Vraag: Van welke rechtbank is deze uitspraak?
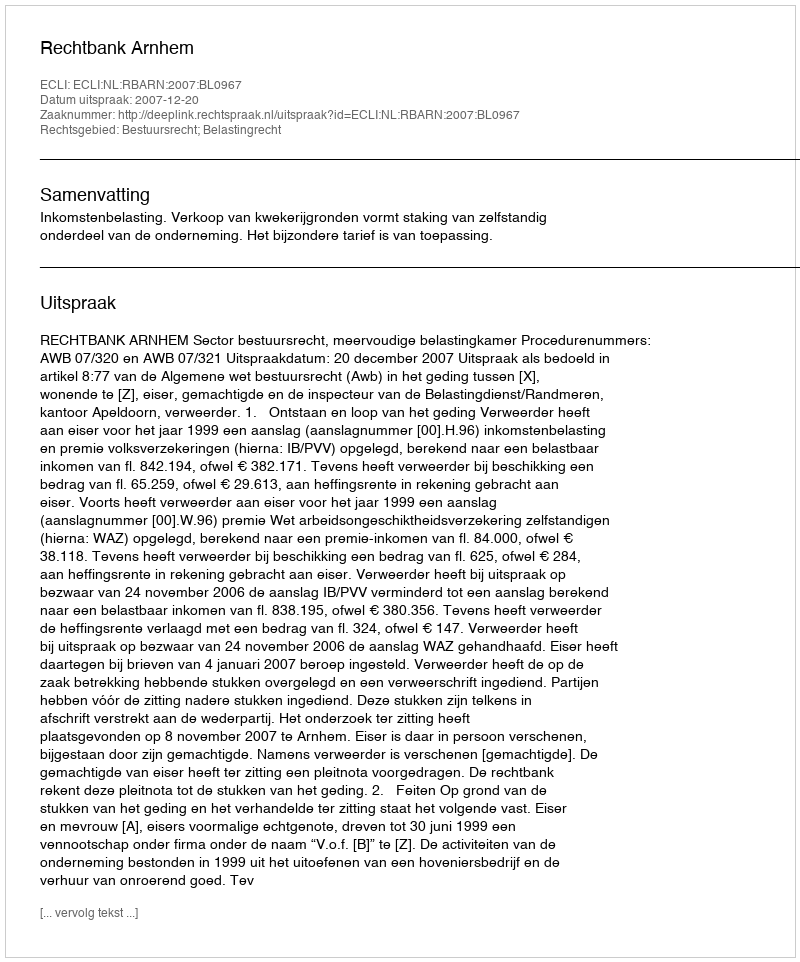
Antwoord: Rechtbank Arnhem